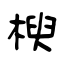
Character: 楰